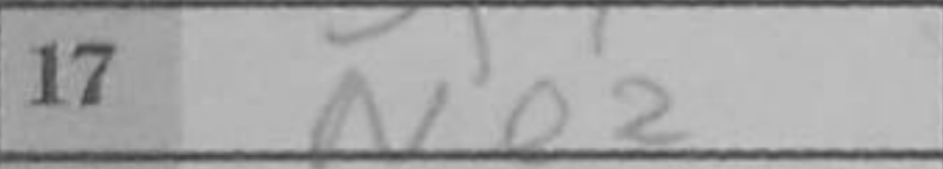
Transcription: Ne2